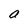
Character: a